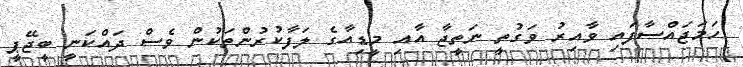
ހަމަޖައްސާފައި ވާއިރު ވަގުތީ ނަތީޖާ އާއި މީޑިއާގެ ލަފާކުރުންތަކުން ވެސް ދައްކަނީ ބީޖޭޕީ